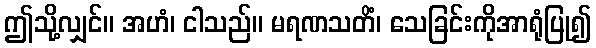
ဤသို့လျှင်။ အဟံ၊ ငါသည်။ မရဏသတိံ၊ သေခြင်းကိုအာရုံပြု၍